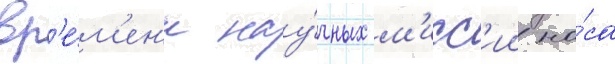
вр'е́м'ен'и нау́чных м'исс'ии на́са